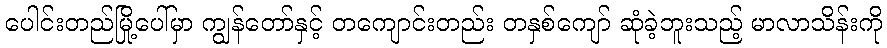
ပေါင်းတည်မြို့ပေါ်မှာ ကျွန်တော်နှင့် တကျောင်းတည်း တနှစ်ကျော် ဆုံခဲ့ဘူးသည့် မာလာသိန်းကို